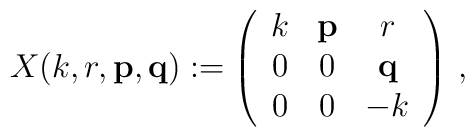
X(k,r,{\bf p},{\bf q}) := \left(\begin{array}{ccc}  k & {\bf p} & r\\  0 & 0 & {\bf q} \\  0 & 0 & -k\end{array}\right) \, ,